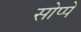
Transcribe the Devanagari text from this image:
सोप्पे